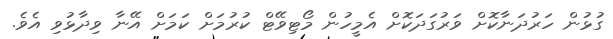
ގުޅުން ހަރުދަނާކޮށް ވަރުގަދަކޮށް އެމީހުން މޯޓިވޭޓް ކުރުމަށް ކަމަށް އޭނާ ވިދާޅުވި އެވެ.